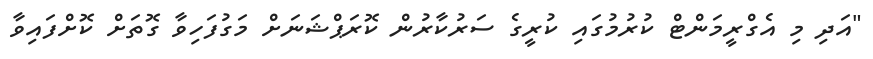
"އަދި މި އެގްރީމަންޓް ކުރުމުގައި ކުރީގެ ސަރުކާރުން ކޮރަޕްޝަނަށް މަގުފަހިވާ ގޮތަށް ކޮށްފައިވާ